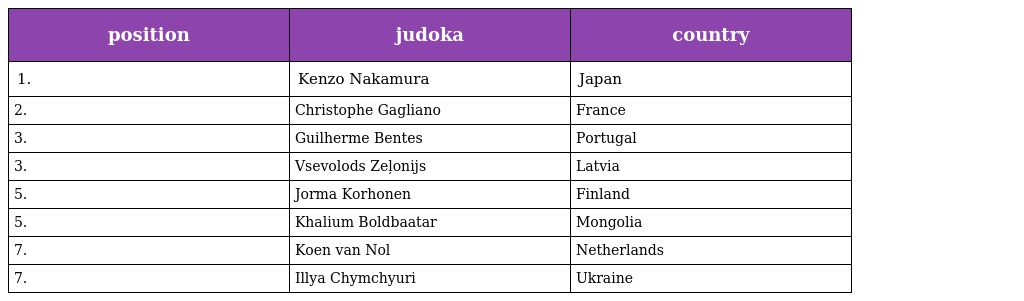
| position | judoka | country |
 | --- | --- | --- |
 | 1. | Kenzo Nakamura | Japan |
 | 2. | Christophe Gagliano | France |
 | 3. | Guilherme Bentes | Portugal |
 | 3. | Vsevolods Zeļonijs | Latvia |
 | 5. | Jorma Korhonen | Finland |
 | 5. | Khalium Boldbaatar | Mongolia |
 | 7. | Koen van Nol | Netherlands |
 | 7. | Illya Chymchyuri | Ukraine |